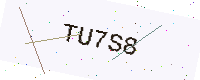
Text: TU7S8